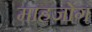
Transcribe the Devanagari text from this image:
माहजोंग